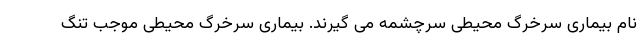
نام بیماری سرخرگ محیطی سرچشمه می گیرند. بیماری سرخرگ محیطی موجب تنگ